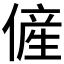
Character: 𱏊